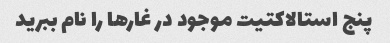
پنج استالاکتیت موجود در غارها را نام ببرید